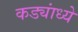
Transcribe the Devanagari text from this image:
कड्यांध्ये